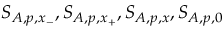
S _ { A , p , x _ { - } } , S _ { A , p , x _ { + } } , S _ { A , p , x } , S _ { A , p , 0 }